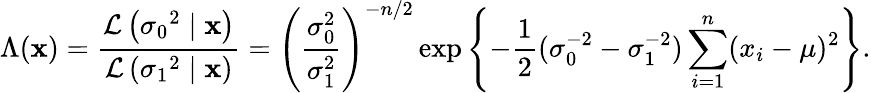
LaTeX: \Lambda(\mathbf{x})={\frac{{\mathcal{L}}\left({\sigma_{0}}^{2}\mid\mathbf{x}\right)}{{\mathcal{L}}\left({\sigma_{1}}^{2}\mid\mathbf{x}\right)}}=\left({\frac{\sigma_{0}^{2}}{\sigma_{1}^{2}}}\right)^{-n/2}\exp\left\{ -{\frac{1}{2}}(\sigma_{0}^{-2}-\sigma_{1}^{-2})\sum_{i=1}^{n}(x_{i}-\mu)^{2}\right\} .